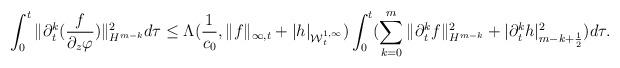
LaTeX: \begin{align*} \int_{0}^{t}\|\partial{_t^k}(\frac{f}{\partial_z\varphi})\|{_{H^{m-k}}^2}d\tau\leq\Lambda(\frac{1}{c_0},\|f\|_{\infty,t}+|h|_{\mathcal{W}{^{1,\infty}_t}})\int_{0}^{t}(\sum_{k=0}^{m}\|\partial{_t^k}f\|{_{H^{m-k}}^2}+|\partial{_t^k}h|{_{m-k+\frac{1}{2}}^2})d\tau.\end{align*}